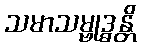
သမာသမ္ဗုဒ္ဓန္တိ